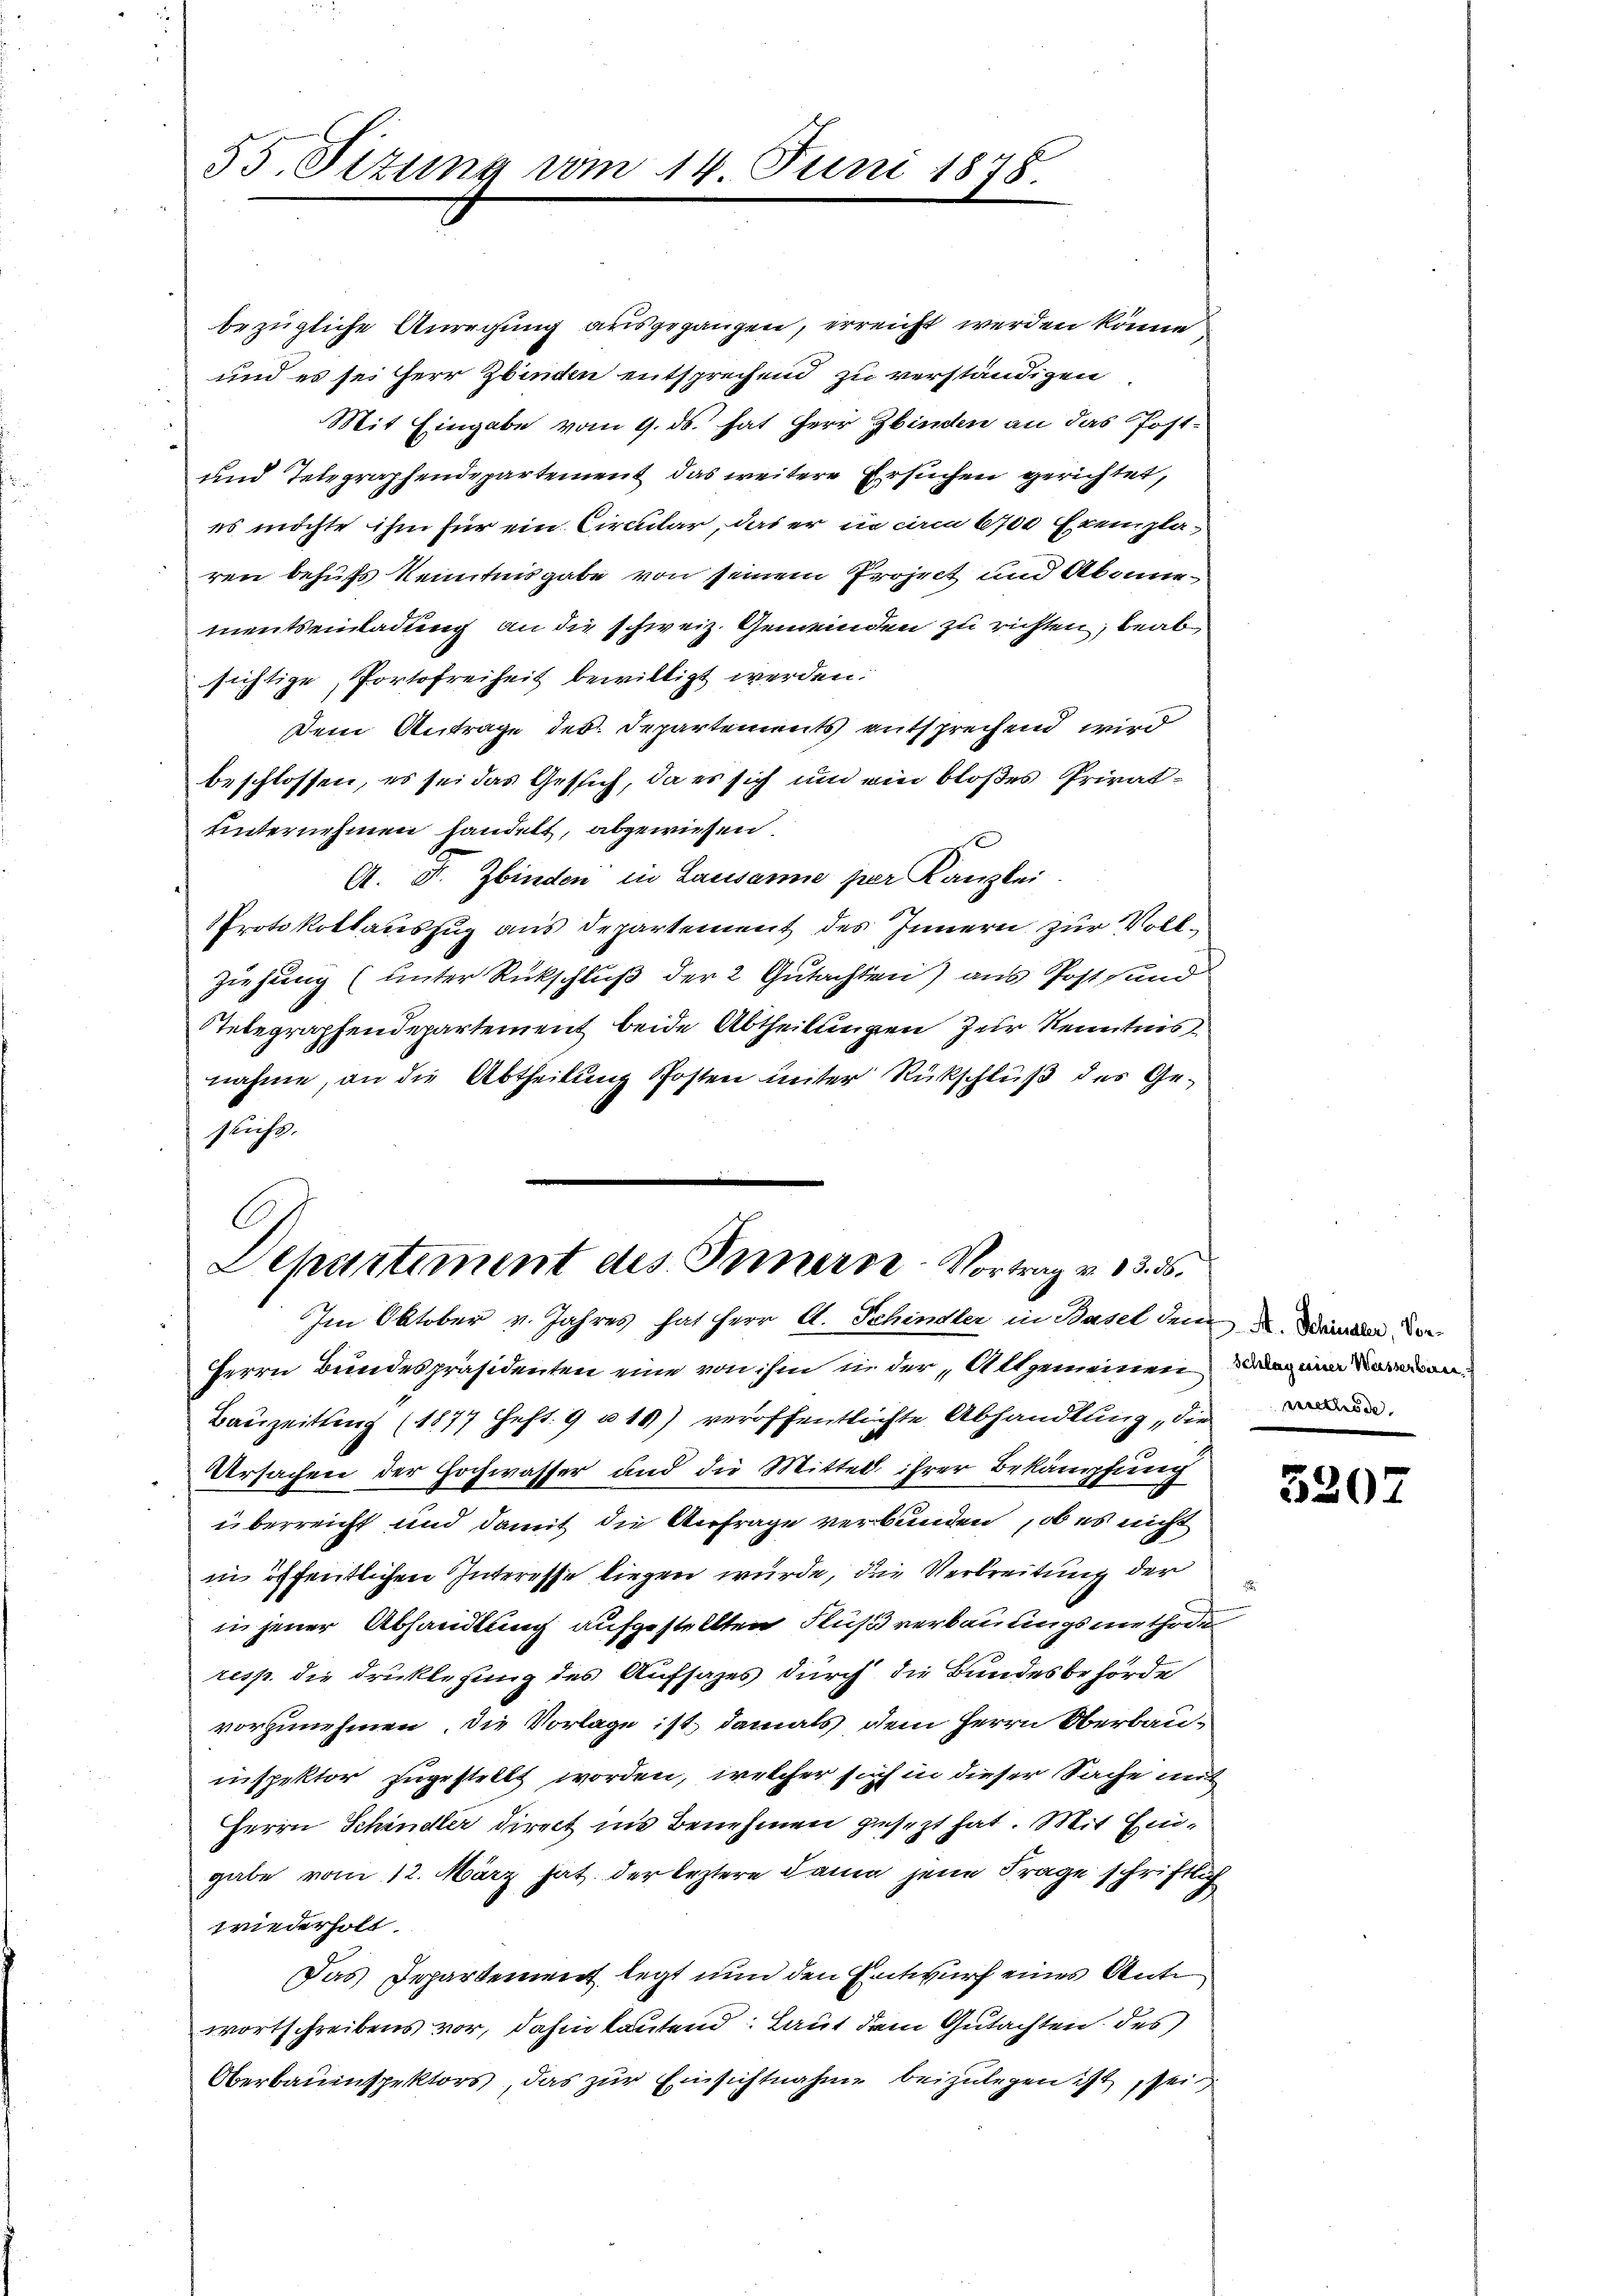
bezügliche Anregung ausgegangen, erreicht werden könne
und es sei Herr Zbinden entsprechend zu verständigen
Mit Eingabe vom 9. ds. hat Herr Zbinden an das Post-
und Telegraphendepartement das weitere Ersuchen gerichtet,
es möchte ihm für ein Circular, das er in circa 6700 Exemplaren behufs Kenntnisgabe von seinem Project und Akönne
mentseinladung an die schweiz. Gemeinden zu richten, beab
sichtige, Portofreiheit bewilligt werden.
Dem Antrage der Departements entsprechend wird
beschlossen, es sei das Gesich, da es sich und ein bloßes Privatunternehmen handelt, abgewiesen.
A. F. Zbinden in Lausanne per Kanzlei.
Protokollauszug aus Departement des Innern zur Voll¬
Ziehung (unter Rückschluß der 2 Gutachten) aus Post und
Nebegraphendepartement beide Abtheilungen zur Kenntnis
nahme, an die Abtheilung Posten unter Rückschluß des Gestichs.

55. Sitzung vom

14. Juni 1878.

C
Departiment des Innerne-Vortrag v. 13. ds.
Im Oktober v. Jahres hat Herr A. Schindler in Basel dem Wind de

Herrn Bundespräsidenten eine von ihm in der „Allgemeinen an einen
Bauzeitung (1877 Heft. 9 u 15) veröffentlichte Abhandlung, die re
Ursachen der Hochwasser und die Mittel ihrer Bekämpfung
überreicht und damit die Anfrage verbunden, ob es nicht
in öffentlichen Interesse liegen würde, die Verbreitung der
in jener Abhandlung aufgestellten Fluß verbauungsmethode
resp. die Drucklegung des Aufsages durch die Bundesbehörde
vorzunehmen, die Vorlage ist, damals dem Herrn Oberbau-
inspektor zugestellt worden, welcher sich in dieser Sache und
Herrn Schindler direct ins Benehmen gesezt hat. Mit Eingabe vom 12. März hat der leztere Dann jene Frage schriftlich
wiederholt.
Das Departement legt nun den Entwurf eines Antr
wortschreibens vor, dahin lautend: Laut dem Gutachten des
Oberbauenspektors, das zur Einsichtnahme beizulegen ist, sein

5207